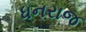
ધનરાજ